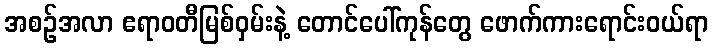
အစဉ်အလာ ဧရာဝတီမြစ်ဝှမ်းနဲ့ တောင်ပေါ်ကုန်တွေ ဖောက်ကားရောင်းဝယ်ရာ